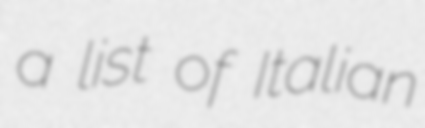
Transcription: a list of Italian